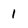
Character: 1